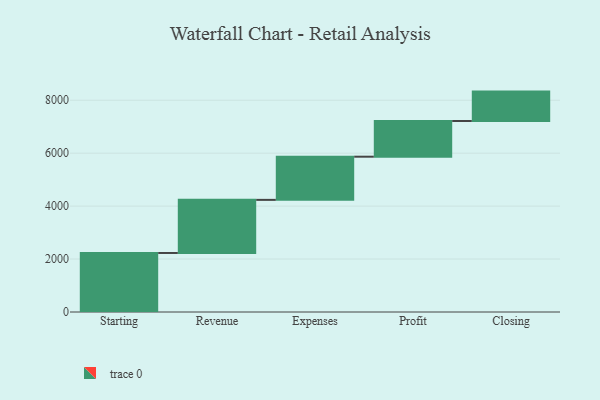
{"axis": {"x": "Step", "y": "Value"}, "legend": [""], "data": [{"x": "Starting", "y": 2230.0, "type": ""}, {"x": "Revenue", "y": 2006.0, "type": ""}, {"x": "Expenses", "y": 1631.0, "type": ""}, {"x": "Profit", "y": 1349.0, "type": ""}, {"x": "Closing", "y": 1110.0, "type": ""}]}